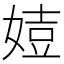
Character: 㛸